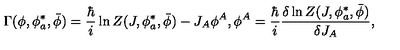
\Gamma ( \phi , \phi _ { a } ^ { * } , \bar { \phi } ) = \frac { \hbar } { i } \ln Z ( J , \phi _ { a } ^ { * } , \bar { \phi } ) - J _ { A } \phi ^ { A } , \phi ^ { A } = \frac { \hbar } { i } \frac { \delta \ln Z ( J , \phi _ { a } ^ { * } , \bar { \phi } ) } { \delta J _ { A } } ,